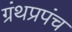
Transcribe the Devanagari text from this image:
ग्रंथप्रपंच